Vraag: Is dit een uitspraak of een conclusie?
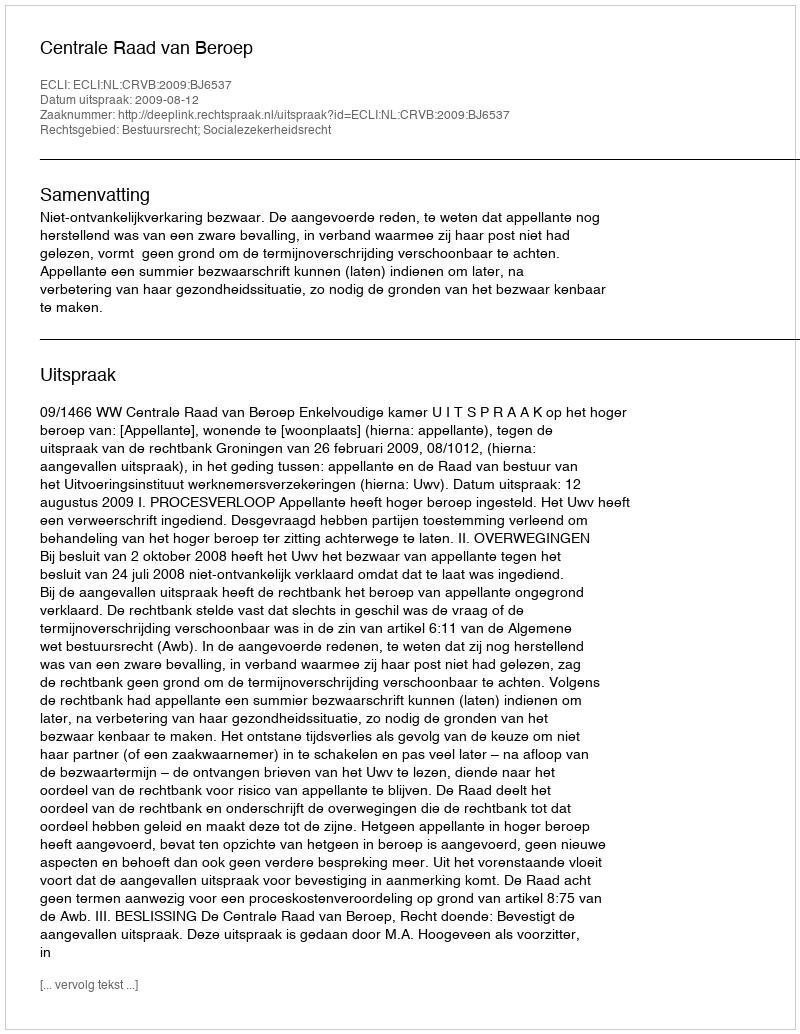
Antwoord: Uitspraak